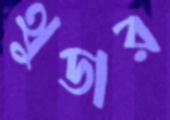
থুডার